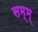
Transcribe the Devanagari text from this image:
सम्म्